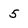
Character: 5